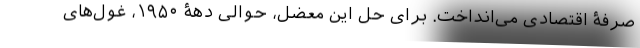
صرفۀ اقتصادی می‌انداخت. برای حل این معضل، حوالی دهۀ ۱۹۵۰، غول‌های